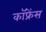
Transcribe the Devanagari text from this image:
कॉफ्रेंस